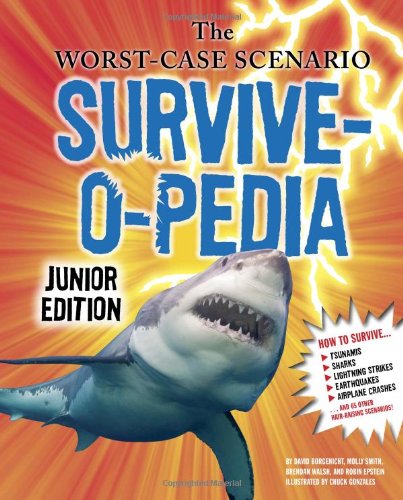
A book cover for The Worst-Case Scenario Survive-o-pedia (Worst-Case Scenario: Junior Edition); David Borgenicht; Reference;